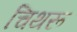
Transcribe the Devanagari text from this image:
चिथरू